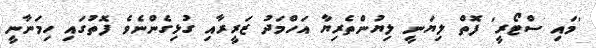
'މައި ސްޓޯރީ' ފޮތް ލިޔަނީ ލިޔުންތެރިޔާ އަހްމަދު ޒަރީރާއި ގުޅިގެންނެވެ ފޮތުގައި ހިމަނާނީ